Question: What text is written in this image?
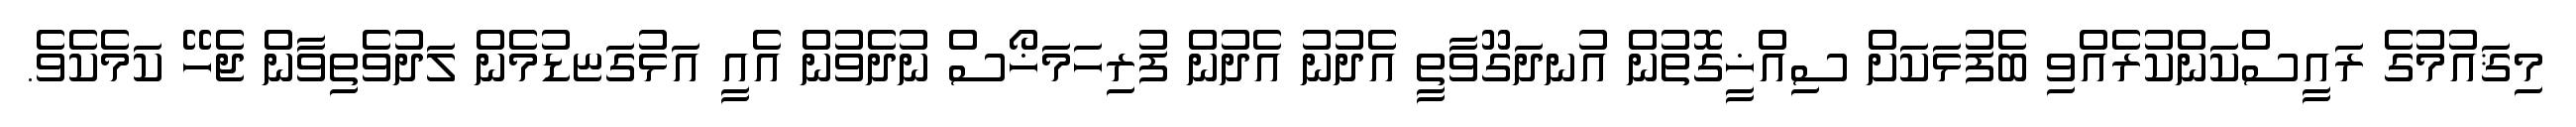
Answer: މިޤައުމުގެ ރައީސްކަންކުރެއްވި ބެފުޅަކަށް ސިއްޚީގޮތުން އުނދަގޫވާތީ އެދުނު އެދުން ފުރިހަމަޚޯސް ނުދެވުން އެއީ އަޅުގަޏޑުމެން ލަދުވެތިވާން ޖެހޭ ކަމެކެވެ.